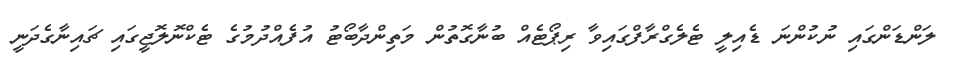
ލަންޑަންގައި ނުކުންނަ ޑެއިލީ ޓެލެގްރާފްގައިވާ ރިޕޯޓެއް ބުނާގޮތުން މަތިންދާބޯޓު އުފެއްދުމުގެ ޓެކްނޮލޮޖީގައި ޗައިނާގެދަނީ